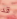
قد